Report on the working of the mental hospitals for Indians in Bihar and Orissa - 1925-1929
Year: 1925
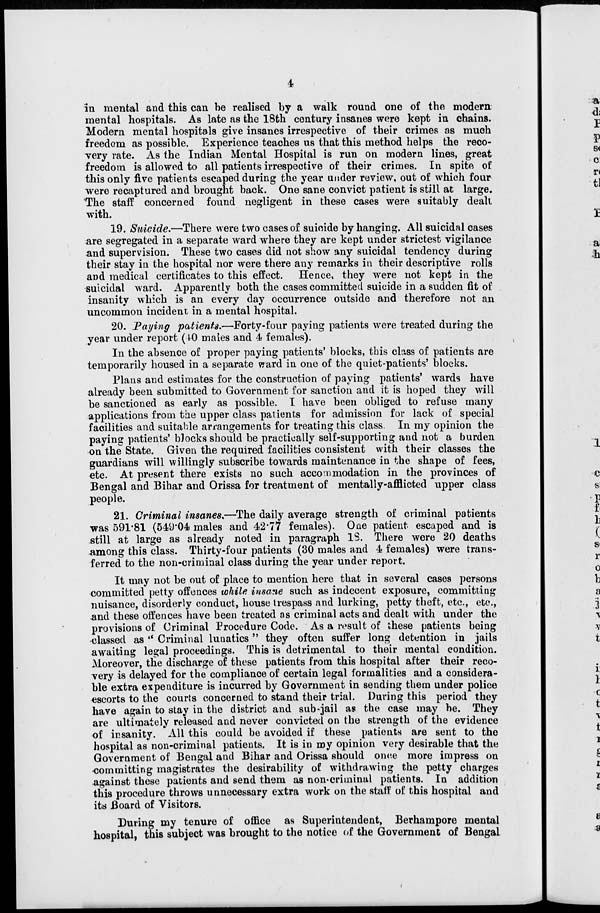
4
in mental and this can be realised by a walk round one of the modern
mental hospitals. As late as the 18th century insanes were kept in chains.
Modern mental hospitals give insanes irrespective of their crimes as much
freedom as possible. Experience teaches us that this method helps the reco-
very rate. As the Indian Mental Hospital is run on modern lines, great
freedom is allowed to all patients irrespective of their crimes. In spite of
this only five patients escaped during the year under review, out of which four
were recaptured and brought back. One sane convict patient is still at large.
The staff concerned found negligent in these cases were suitably dealt
with.
19. Suicide.—There were two cases of suicide by hanging. All suicidal cases
are segregated in a separate ward where they are kept under strictest vigilance
and supervision. These two cases did not show any suicidal tendency during
their stay in the hospital nor were there any remarks in their descriptive rolls
and medical certificates to this effect. Hence, they were not kept in the
suicidal ward. Apparently both the cases committed suicide in a sudden fit of
insanity which is an every day occurrence outside and therefore not an
uncommon incident in a mental hospital.
20. Paying patients.—Forty-four paying patients were treated during the
year under report (40 males and 4 females).
In the absence of proper paying patients' blocks, this class of patients are
temporarily housed in a separate ward in one of the quiet-patients' blocks.
Plans and estimates for the construction of paying patients' wards have
already been submitted to Government for sanction and it is hoped they will
be sanctioned as early as possible. I have been obliged to refuse many
applications from the upper class patients for admission for lack of special
facilities and suitable arrangements for treating this class. In my opinion the
paying patients' blocks should be practically self-supporting and not a burden
on the State. Given the required facilities consistent with their classes the
guardians will willingly subscribe towards maintenance in the shape of fees,
etc. At present there exists no such accommodation in the provinces of
Bengal and Bihar and Orissa for treatment of mentally-afflicted upper class
people.
21. Criminal insanes.—The daily average strength of criminal patients
was 591.81 (549.04 males and 42.77 females). One patient escaped and is
still at large as already noted in paragraph 18. There were 20 deaths
among this class. Thirty-four patients (30 males and 4 females) were trans-
ferred to the non-criminal class during the year under report.
It may not be out of place to mention here that in several cases persons
committed petty offences while insane such as indecent exposure, committing
nuisance, disorderly conduct, house trespass and lurking, petty theft, etc., etc.,
and these offences have been treated as criminal acts and dealt with under the
provisions of Criminal Procedure Code. As a result of these patients being
classed as " Criminal lunatics " they often suffer long detention in jails
awaiting legal proceedings. This is detrimental to their mental condition.
Moreover, the discharge of these patients from this hospital after their reco-
very is delayed for the compliance of certain legal formalities and a considera-
ble extra expenditure is incurred by Government in sending them under police
escorts to the courts concerned to stand their trial. During this period they
have again to stay in the district and sub-jail as the case may be. They
are ultimately released and never convicted on the strength of the evidence
of insanity. All this could be avoided if these patients are sent to the
hospital as non-criminal patients. It is in my opinion very desirable that the
Government of Bengal and Bihar and Orissa should once more impress on
committing magistrates the desirability of withdrawing the petty charges
against these patients and send them as non-criminal patients. In addition
this procedure throws unnecessary extra work on the staff of this hospital and
its Board of Visitors.
During my tenure of office as Superintendent, Berhampore mental
hospital, this subject was brought to the notice of the Government of Bengal